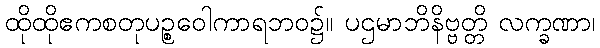
ထိုထိုဧကစတုပဉ္စဝေါကာရဘဝ၌။ ပဌမာဘိနိဗ္ဗတ္တိ လက္ခဏာ၊